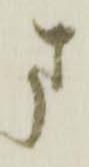
ま